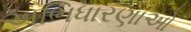
અભિધારણાઓ